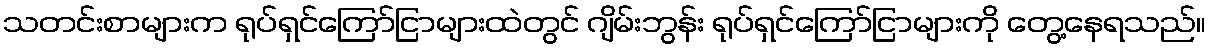
သတင်းစာများက ရုပ်ရှင်ကြော်ငြာများထဲတွင် ဂျိမ်းဘွန်း ရုပ်ရှင်ကြော်ငြာများကို တွေ့နေရသည်။